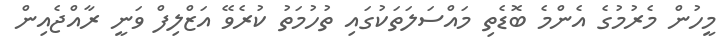
މީހުން މެރުމުގެ އެންމެ ބޮޑެތި މައްސަލަތަކުގައި ތުހުމަތު ކުރެވޭ އަޒްލިފް ވަނީ ރާއްޖެއިން